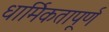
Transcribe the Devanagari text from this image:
धार्मिकतापूर्ण